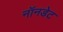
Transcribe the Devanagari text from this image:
नॉनडेट